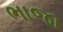
ભાજા